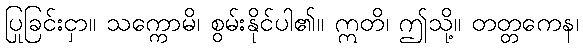
ပြုခြင်းငှာ။ သက္ကောမိ၊ စွမ်းနိုင်ပါ၏။ ဣတိ၊ ဤသို့။ တတ္တကေန၊